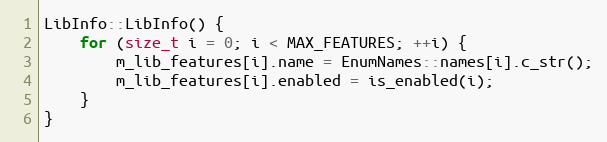
Language: C++
LibInfo::LibInfo() {
    for (size_t i = 0; i < MAX_FEATURES; ++i) {
        m_lib_features[i].name = EnumNames::names[i].c_str();
        m_lib_features[i].enabled = is_enabled(i);
    }
}